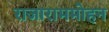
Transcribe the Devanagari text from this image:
राजाराममोहन